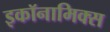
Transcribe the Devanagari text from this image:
इकॉनामिक्स